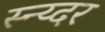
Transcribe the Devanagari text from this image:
स्न्य्दर